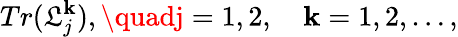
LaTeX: Tr({\cal\mathfrak{L}}_{j}^{\mathbf{k}}),\quadj=1,2,\quad\mathbf{k}=1,2,\ldots,